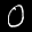
Label: 0